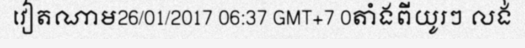
វៀតណាម26/01/2017 06:37 GMT+7 0តាំងពីយូរៗ លង់